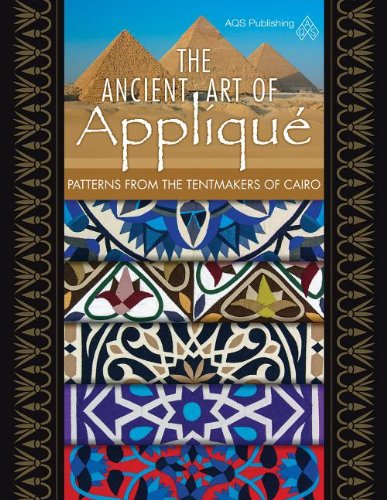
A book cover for The Ancient Art of Applique Patterns from Tentmaker of Cairo; Crafts, Hobbies & Home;